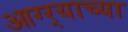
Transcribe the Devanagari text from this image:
आग्‍र्‍याच्या